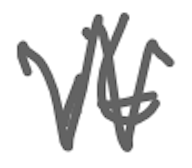
Text: it
Cross-out: zig-zag
Writing tool: digital_gray